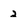
Character: 2